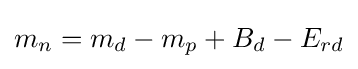
m_{n}=m_{d}-m_{p}+B_{d}-E_{rd}